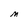
Character: M